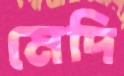
মেদি